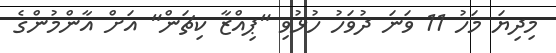
މިދިޔަ މަހު 11 ވަނަ ދުވަހު ހުޅުވި "ޕިއްޒާ ކިޗަން" އަށް އާންމުންގެ